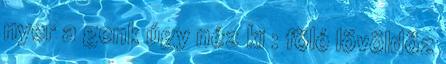
nyer a genk úgy néz ki : fölé lövöldöz